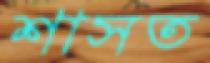
শাসত